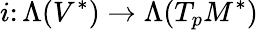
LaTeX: i\colon\Lambda(V^{*})\to\Lambda(T_{p}M^{*})